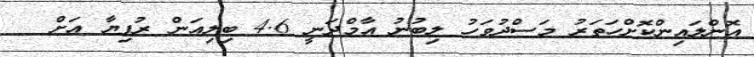
އޮންލައިންކޮށްހަތަރު މަސްދުވަހު ލިބުނު އާމްދަނީ 4.6 ބިލިއަން ރުފިޔާ އަށް